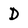
Character: D